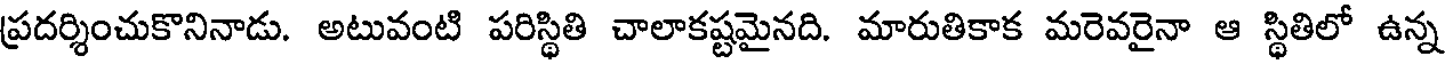
ప్రదర్శించుకొనినాడు. అటువంటి పరిస్థితి చాలాకష్టమైనది. మారుతికాక మరెవరైనా ఆ స్థితిలో ఉన్న